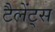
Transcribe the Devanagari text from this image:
टैलेंट्स